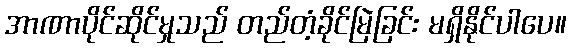
အာဏာပိုင်ဆိုင်မှုသည် တည်တံ့ခိုင်မြဲခြင်း မရှိနိုင်ပါပေ။